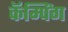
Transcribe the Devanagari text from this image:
कॅम्पिंग